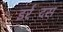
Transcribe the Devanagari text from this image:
इर्रदिंस